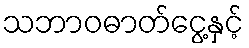
သဘာဝဓာတ်ငွေ့နှင့်